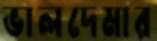
ভালদেমার